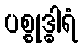
ပစ္စုဒ္ဓါရံ